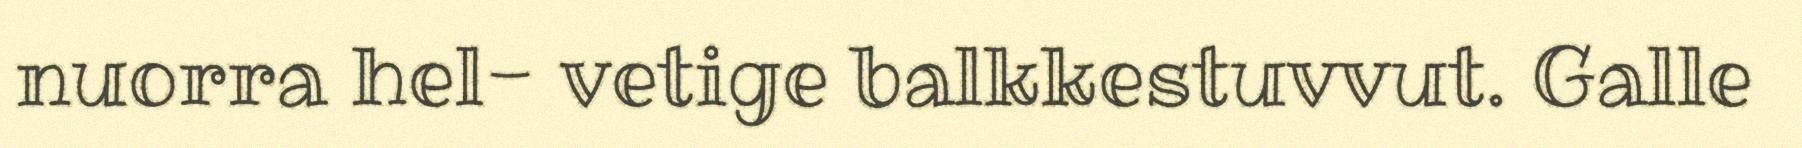
nuorra hel- vetige balkkestuvvut. Galle